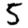
Digit: 5